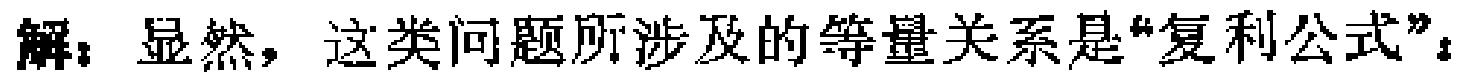
解：显然，这类问题所涉及的等量关系是“复利公式”：